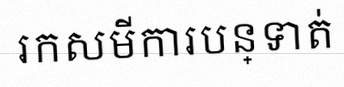
រកសមីការបន្ទាត់